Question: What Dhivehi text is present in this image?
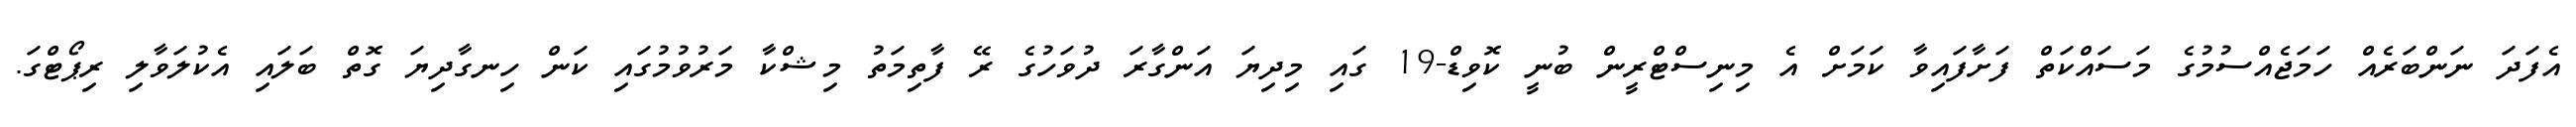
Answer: އެފަދަ ނަންބަރެއް ހަމަޖެއްސުމުގެ މަސައްކަތް ފަށާފައިވާ ކަމަށް އެ މިނިސްޓްރީން ބުނީ ކޮވިޑް-19 ގައި މިދިޔަ އަންގާރަ ދުވަހުގެ ރޭ ފާތިމަތު މިޝްކާ މަރުވުމުގައި ކަން ހިނގާދިޔަ ގޮތް ބަލައި އެކުލަވާލި ރިޕޯޓްގަ.